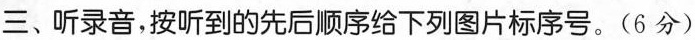
三、听录音，按听到的先后顺序给下列图片标序号。(6分)